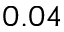
0 . 0 4